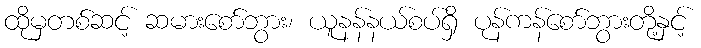
ထိုမှတစ်ဆင့် ဆမားစော်ဘွား၊ ယူနန်နယ်စပ်ရှိ ပုန်ကန်စော်ဘွားတို့နှင့်